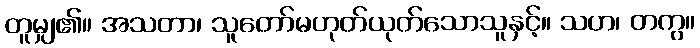
တူမျှ၏။ အသတာ၊ သူတော်မဟုတ်ယုတ်သောသူနှင့်။ သဟ၊ တကွ။